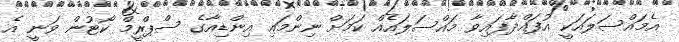
އެމައްސަލައަކީ އުފައްދާފައިވާ މައްސަލައެއް ކަމަށް ނިންމައި އިންޑިއާގެ ސްޕްރީމް ކޯޓުން ވަނީ އެ